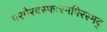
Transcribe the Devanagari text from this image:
परमैरवस्फःरमपिरस्मद्